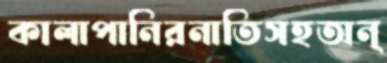
কালাপানিরনাতিসহঅন্